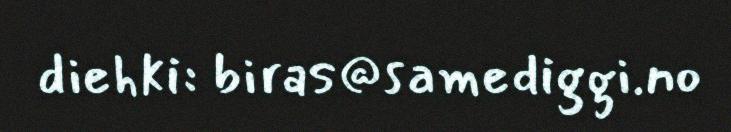
diehki: biras@samediggi.no